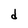
Character: d